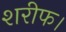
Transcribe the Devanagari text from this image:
शरीफ।